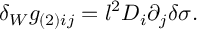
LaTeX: \delta _ { W } g _ { ( 2 ) i j } = l ^ { 2 } D _ { i } \partial _ { j } \delta \sigma .